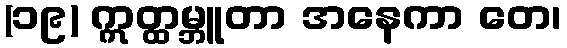
(၁၉) ဣတ္ထမ္ဘူတာ အနေကာ တေ၊